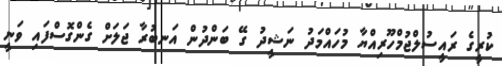
ކުރީގެ ރައީސުލްޖުމްހޫރިއްޔާ މުހައްމަދު ނަޝީދު ގޭ ބަންދުން އަނބުރާ ޖަލަށް ގެންގޮސްފައި ވަނީ